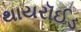
થાયરૉઈડ